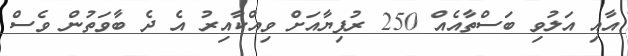
އާއި އަލުވި ބަސްތާއެއް 250 ރުފިޔާއަށް ވިއްކާއިރު އެ ދެ ބާވަތުން ވެސް